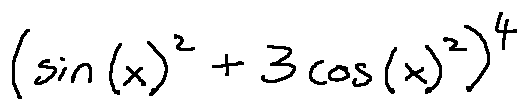
( \sin ( x ) ^ { 2 } + 3 \cos ( x ) ^ { 2 } ) ^ { 4 }